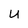
Character: U